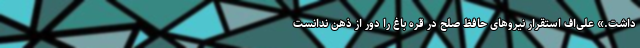
داشت.» علی‌اف استقرار نیروهای حافظ صلح در قره باغ را دور از ذهن ندانست